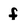
Character: f